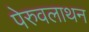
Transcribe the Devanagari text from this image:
पेरुवलाथन